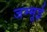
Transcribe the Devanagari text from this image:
जम्मूई